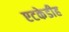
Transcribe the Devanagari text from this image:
एटकेडीह